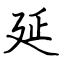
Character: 延